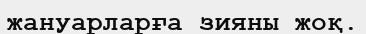
жануарларға зияны жоқ.